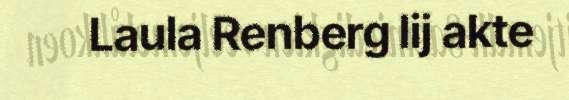
Laula Renberg lij akte